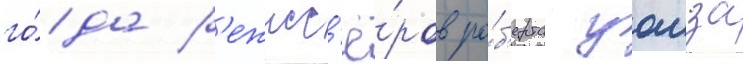
го́да р'ежисс'ё́ров ро́б'ерта уаиза